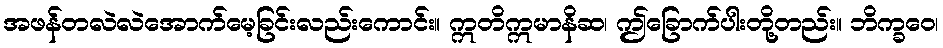
အဖန်တလဲလဲအောက်မေ့ခြင်းလည်းကောင်း။ ဣတိဣမာနိဆ၊ ဤခြောက်ပါးတို့တည်း။ ဘိက္ခဝေ၊